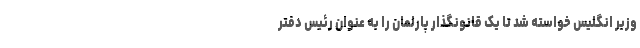
وزیر انگلیس خواسته شد تا یک قانونگذار پارلمان را به عنوان رئیس دفتر